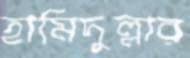
হামিদুল্লার